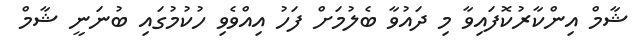
ޝާމް އިންކާރުކޮފައިވާ މި ދައުވާ ބެލުމަށް ފަހު އިއްވެވި ހުކުމުގައި ބުނަނީ ޝާމް